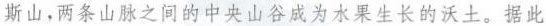
斯山，两条山脉之间的中央山谷成为水果生长的沃土。据此